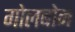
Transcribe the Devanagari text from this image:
गोलबोर्न